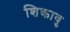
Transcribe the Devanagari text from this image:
शिकावु